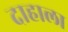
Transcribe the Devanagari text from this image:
दाहाला